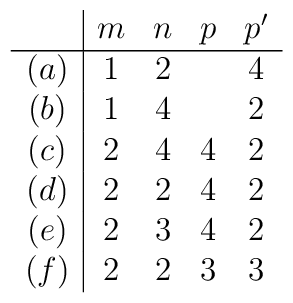
\begin{array}{c|cccc}     & m & n & p & p' \\\hline(a)  & 1 & 2 &   & 4   \\ (b)  & 1 & 4 &   & 2   \\ (c)  & 2 & 4 & 4 & 2   \\ (d)  & 2 & 2 & 4 & 2   \\ (e)  & 2 & 3 & 4 & 2   \\ (f)  & 2 & 2 & 3 & 3   \\ \end{array}